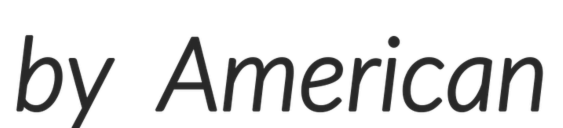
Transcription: by American